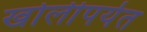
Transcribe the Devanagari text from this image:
खोलीपर्यत